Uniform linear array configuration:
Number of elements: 8
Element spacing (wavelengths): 0.75
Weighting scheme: exponential
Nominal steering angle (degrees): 45
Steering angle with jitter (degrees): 44.292
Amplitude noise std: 0.05
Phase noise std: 0.05

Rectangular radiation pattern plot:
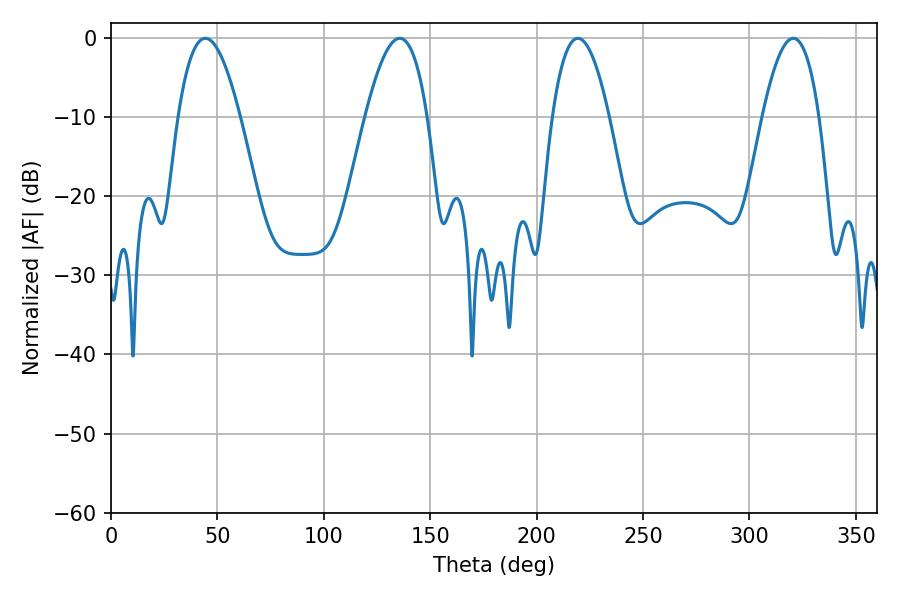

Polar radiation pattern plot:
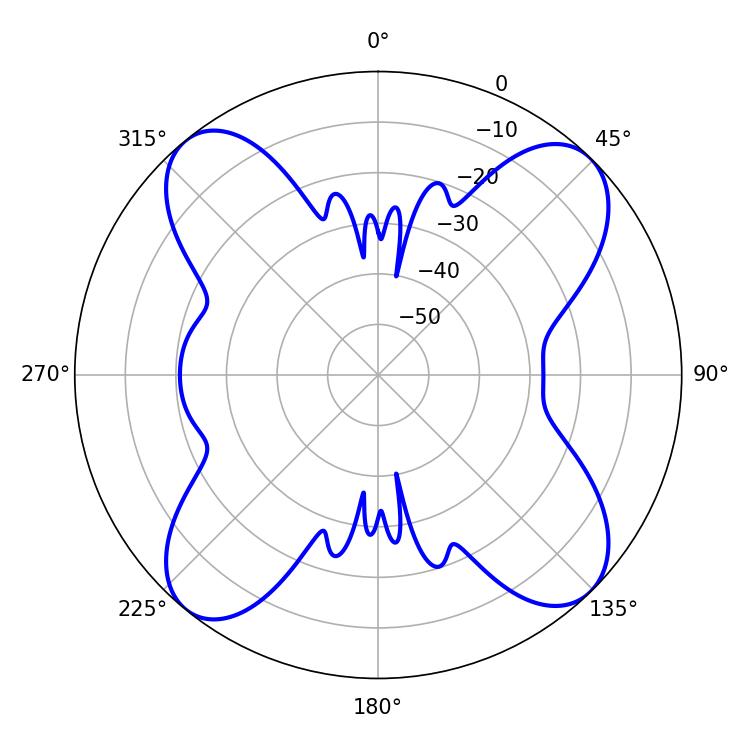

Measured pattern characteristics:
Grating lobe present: TRUE
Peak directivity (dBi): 14.719
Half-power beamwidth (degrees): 14.76
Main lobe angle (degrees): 219.42